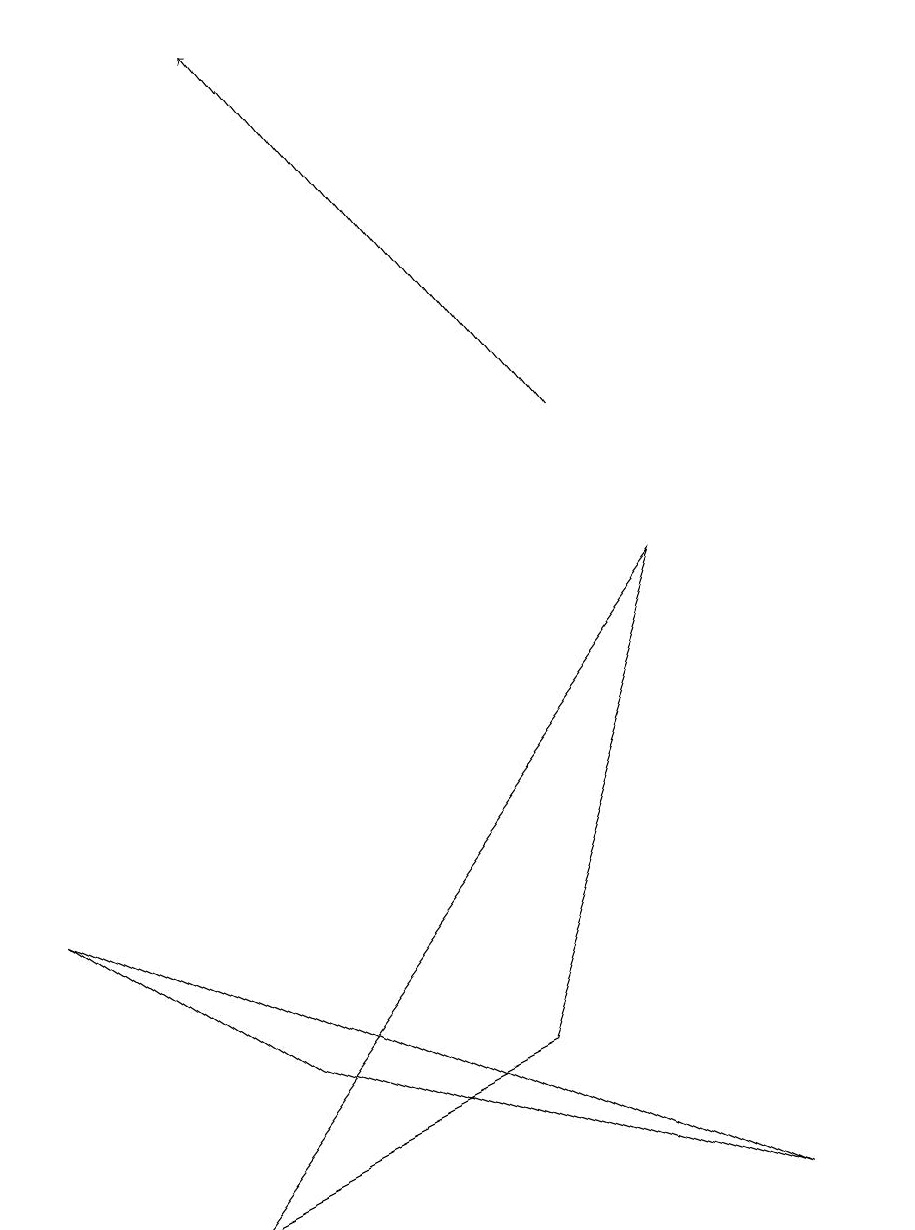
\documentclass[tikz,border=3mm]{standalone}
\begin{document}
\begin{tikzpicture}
\draw (3,2) -- (9,0) -- (0,4) -- cycle;
\draw (2,0) -- (6,2) -- (8,8) -- cycle;
\draw (11,11) circle (0);
\draw[->] (7,10) -- (3,15);
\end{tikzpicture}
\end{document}